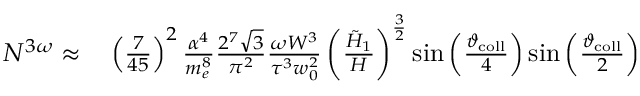
\begin{array} { r l } { N ^ { 3 \omega } \approx } & { { } \left( \frac { 7 } { 4 5 } \right) ^ { 2 } \frac { \alpha ^ { 4 } } { m _ { e } ^ { 8 } } \frac { 2 ^ { 7 } \sqrt { 3 } } { \pi ^ { 2 } } \frac { \omega W ^ { 3 } } { \tau ^ { 3 } w _ { 0 } ^ { 2 } } \left( \frac { \tilde { H } _ { 1 } } { H } \right) ^ { \frac { 3 } { 2 } } \sin \left( \frac { \vartheta _ { \mathrm { c o l l } } } { 4 } \right) \sin \left( \frac { \vartheta _ { \mathrm { c o l l } } } { 2 } \right) } \end{array}